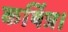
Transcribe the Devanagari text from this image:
कर्षित्र।